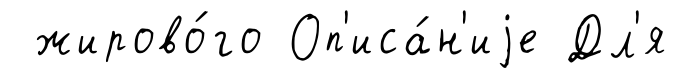
жирово́го Оп'иса́н'иjе Дл'я